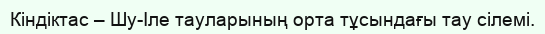
Кіндіктас – Шу-Іле тауларының орта тұсындағы тау сілемі.